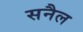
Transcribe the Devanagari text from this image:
सनैल